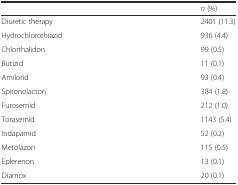
|  | n (%) |
 | --- | --- |
 | Diuretic therapy | 2401 (11.3) |
 | Hydrochlorothiazid | 936 (4.4) |
 | Chlorthalidon | 99 (0.5) |
 | Butizid | 11 (0.1) |
 | Amilorid | 93 (0.4) |
 | Spironolacton | 384 (1.8) |
 | Furosemid | 212 (1.0) |
 | Torasemid | 1143 (5.4) |
 | Indapamid | 52 (0.2) |
 | Metolazon | 115 (0.5) |
 | Eplerenon | 13 (0.1) |
 | Diamox | 20 (0.1) |